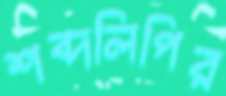
শব্দলিপির